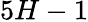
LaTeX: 5H-1